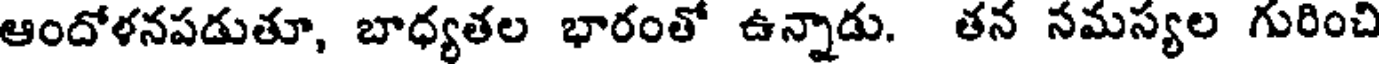
ఆందోళనపడుతూ, బాధ్యతల భారంతో ఉన్నాడు. తన సమస్యల గురించి